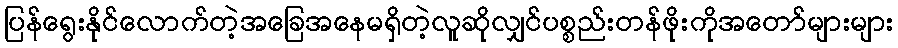
ပြန်ရွေးနိုင်လောက်တဲ့အခြေအနေမရှိတဲ့လူဆိုလျှင်ပစ္စည်းတန်ဖိုးကိုအတော်များများ